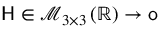
\mathsf { H } \in \mathcal { M } _ { 3 \times 3 } \left( \mathbb { R } \right) \to \mathsf { o }